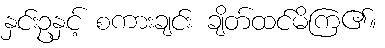
နှင်းဥနှင့် စကားချင်း ချိတ်ထင်မိကြ၏။